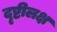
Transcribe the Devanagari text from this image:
दृष्टीलक्ष